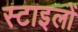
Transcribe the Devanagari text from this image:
स्टाइलों